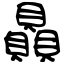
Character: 贔